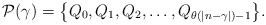
\begin{align*}{\mathcal P}(\gamma)=\big\{Q_0,Q_1,Q_2,\ldots,Q_{\theta(|n-\gamma|)-1}\big\}.\end{align*}